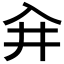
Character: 𰃖